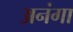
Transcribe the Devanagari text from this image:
अनंगा